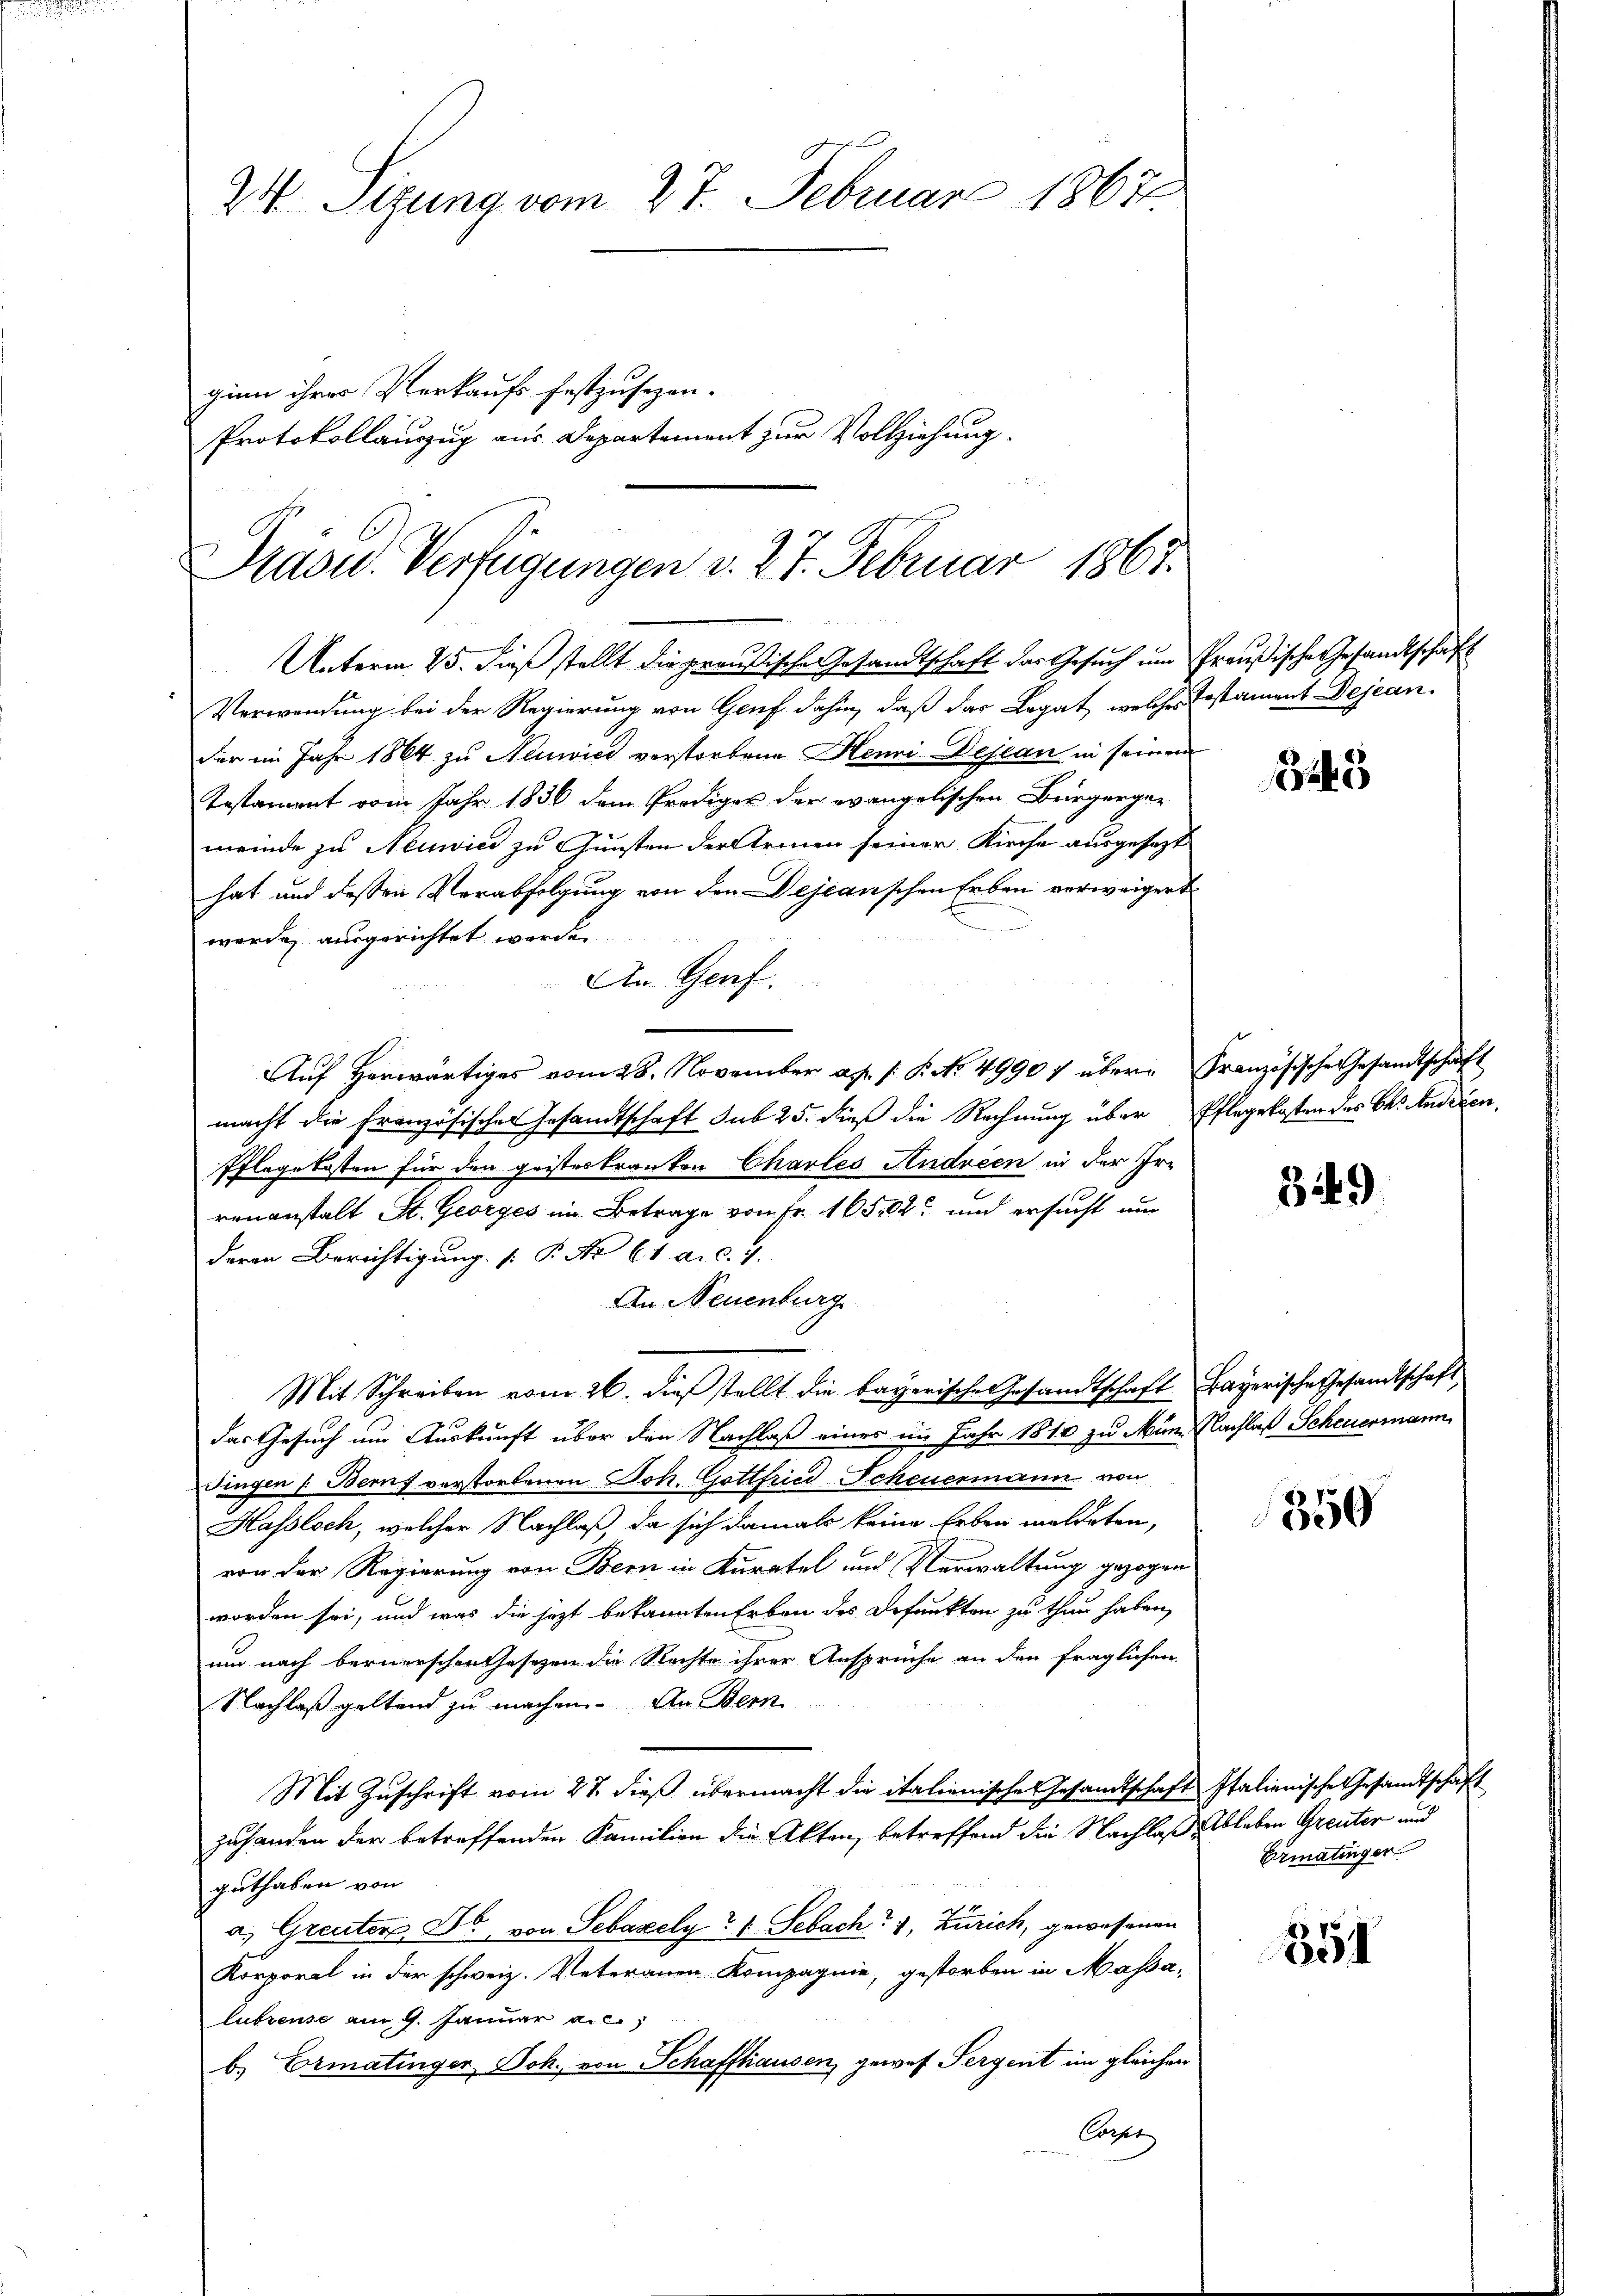
24. Sigung vom 27. Februar 1867
ginn ihrer Verkaufs festzusezen.
Protokollauszug aus Departement zur Vollziehung.

Präsid.. Verfügungen v. 27. Februar 1867.

Unterm 25. dieß stellt die preußische Gesandtschaft der Gesuch um Preußische Gesandtschaft
Verwendung bei der Regierung von Genf dahin, daß das Legat, welches Testament Dejean-
der im Jahr 1864 zu Neuwics verstorbene Henni Dejean in seinem
Testament vom Jahr 1836 dem Prediger der evangelischen Bürgerger
meinde zu Neuwice zu Gunsten der Armen seiner Kirche ausgesezt
hat und dessen Verabfolgung von den Dejeanschen Erben verweigert
n
werden ausgerichtet werden.
An Genf.
Auf herwärtiges vom 28. November a. p. 1. P. No. 49907 über Französische Gesandtschaft
macht die Französischer Gesandtschaft sub 25. dieß die Rechnung über Pflegekosten des Chr. Anderen
Pflegekosten für den geisteskranken Charles Andreen in der Irrenanstalt St. Georges im Betrage von Fr. 16502 und ersucht und
deren Berichtigung [ P. No 61 a. c. 7.
An Neuenburg
Mit Schreiben vom 26. dieß stellt die bayerische Gesandtschaft Bayerische Gesandtschaft
das Gesuch um Auskunft über den Nachlaß eines im Jahr 1810 zu Min. Nachlaß Scheuermann
Dingen /: Berns verstorbenen Joh. Gottfried-Scheuermann von
Hassloch, welcher Nachlaß, da sich damals keine Erben meldeten,
von der Regierung von Bern in Kuratel und Verwaltung gezogen
worden sei, und was die jezt bekannten Erben des Befunkten zu thun haben,
um nach bernerschen Thesezen die Rechte ihrer Ansprüche an den fraglichen
Nachlaß geltend zu machen. An Bern
Mit Zuschrift vom 27. dieß übermacht die italienische Gesamtschaft Italienische Gesandtschaft
zuhanden der betreffenden Familien die Akten, betreffend die Nachlaß ableben Greuter und
guthaben von
a. Greuters Dr. von Sebazely Sebach 1, Zürich, gewesenen
Korporal in der schweiz. Veteranen Kompagnie, gestorben in Massalubrense am 9. Januar a.c.
b. Ermatinger Joh. von Schaffhausen, gewes Pergent im gleichen
Corset

8245

349

350

Ermatinger

851